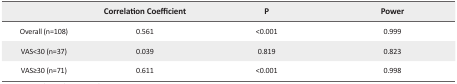
|  | Correlation Coefficient | P | Power |
 | --- | --- | --- | --- |
 | Overall (n=108) | 0.561 | <0.001 | 0.999 |
 | VAS<30 (n=37) | 0.039 | 0.819 | 0.823 |
 | VAS≥30 (n=71) | 0.611 | <0.001 | 0.998 |